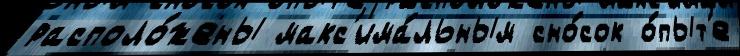
располо́жены макс'има́льным сно́сок о́пыт'е